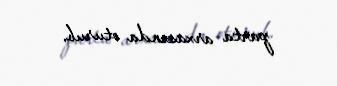
parta arxasında oturub.